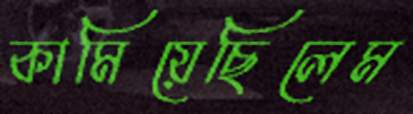
কামিয়েছিলেম